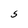
Character: S